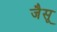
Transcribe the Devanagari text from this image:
जैसू